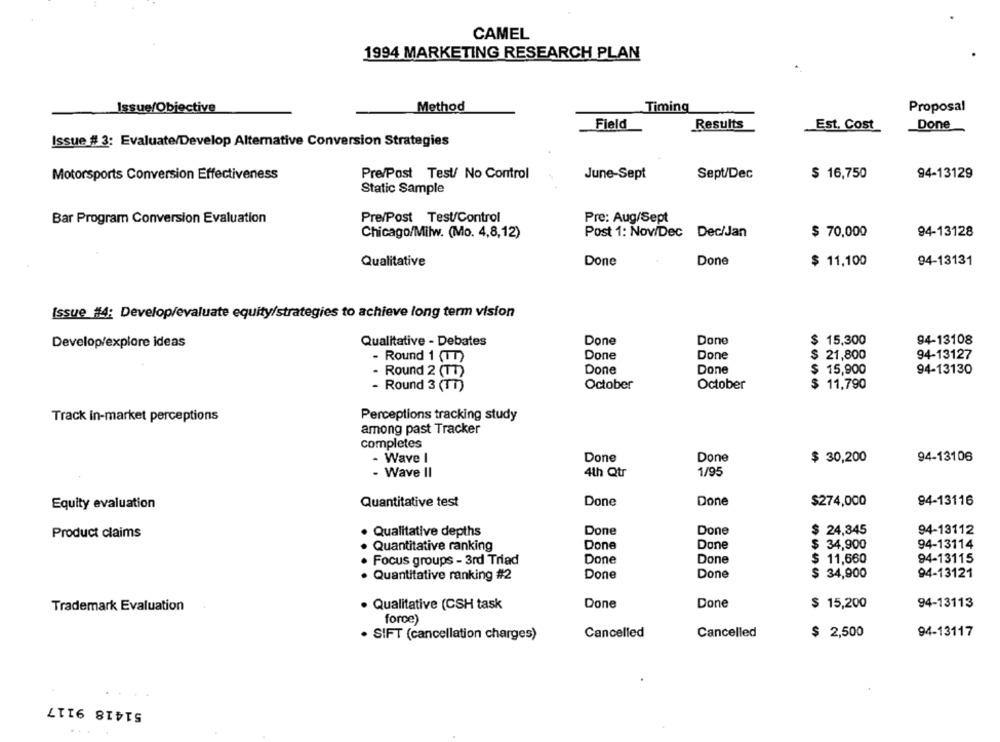
CAMEL
1994 MARKETING RESEARCH PLAN
Issue/Objective
Method
Timing
Proposal
Field
Results
Done
Est, Cost
Issue # 3: Evaluate/Develop Alternative Conversion Strategies
Motorsports Conversion Effectiveness
Pre/Post Test/ No Control
June-Sept
Sept/Dec
$ 16,750
94-13129
Static Sample
Bar Program Conversion Evaluation
Pre/Post Test/Control
Pre: Aug/Sept
Chicago/Milw. (Mo. 4,8,12)
Post 1: Nov/Dec Dec/Jan
$ 70,000
94-13128
Qualitative
Done
Done
$ 11,100
94-13131
Issue #4: Develop/evaluate equity/strategies to achieve long term vision
Qualitative - Debates
Done
Done
$ 15,300
94-13108
Develop/explore ideas
Done
Done
$ 21,800
94-13127
- Round 1 (1)
Done
Done
$ 15,900
94-13130
- Round 2 (TT)
October
October
$ 11,790
- Round 3 (TT)
Track In-market perceptions
Perceptions tracking study
among past Tracker
completes
- Wave I
Done
Done
$ 30,200
94-13106
- Wave II
4th Qtr
1/95
Quantitative test
Done
Done
$274,000
94-13116
Equity evaluation
Product claims
Qualitative depths
Done
Done
$ 24,345
94-13112
Quantitative ranking
Done
Done
$ 34,900
94-13114
Focus groups - 3rd Triad
Done
Done
$ 11,660
94-13115
Quantitative ranking #2
Done
Done
$ 34,900
94-13121
Trademark Evaluation
· Qualitative (CSH task
Done
Done
$ 15,200
94-13113
force)
. SIFT (cancellation charges)
Cancelled
Cancelled
$ 2,500
94-13117
51418 9117